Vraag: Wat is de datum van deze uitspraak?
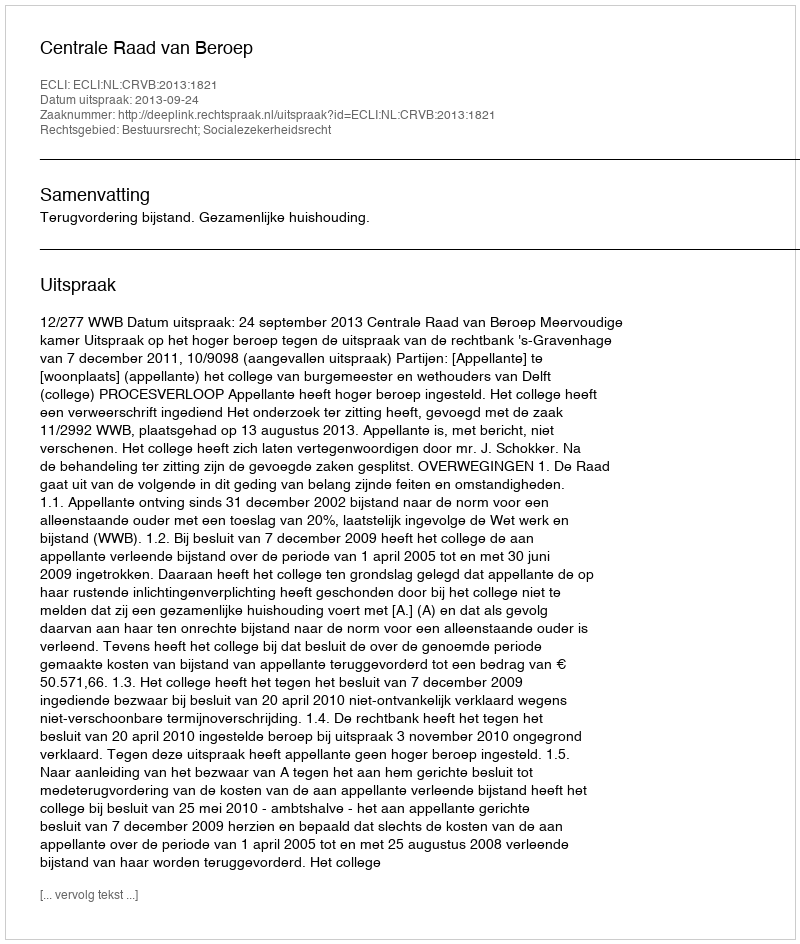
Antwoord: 2013-09-24